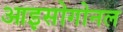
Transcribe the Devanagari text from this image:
आइसोगोनल